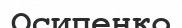
Осипенко